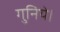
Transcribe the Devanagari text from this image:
गुनिये।